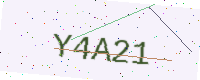
Text: Y4A21